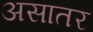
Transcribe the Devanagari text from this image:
असातर